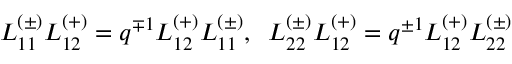
L _ { 1 1 } ^ { ( \pm ) } L _ { 1 2 } ^ { ( + ) } = q ^ { \mp 1 } L _ { 1 2 } ^ { ( + ) } L _ { 1 1 } ^ { ( \pm ) } , \; \; L _ { 2 2 } ^ { ( \pm ) } L _ { 1 2 } ^ { ( + ) } = q ^ { \pm 1 } L _ { 1 2 } ^ { ( + ) } L _ { 2 2 } ^ { ( \pm ) }